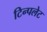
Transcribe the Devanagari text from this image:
टिन्पलेट